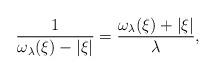
LaTeX: \begin{align*}\frac{1}{\omega_\lambda (\xi) - |\xi|} = \frac{\omega_\lambda (\xi) + |\xi|}{\lambda},\end{align*}